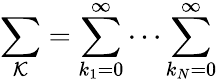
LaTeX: \sum_{\mathcal K}=\sum_{k_{1}=0}^{\infty}\cdots\sum_{k_{N}=0}^{\infty}